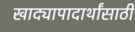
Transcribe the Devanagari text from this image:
खाद्यापादार्थांसाठी